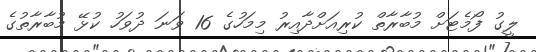
ލީގު ފޯމެޓަށް މުބާރާތް ކުރިއަށްދާއިރު މިމަހުގެ 16 ވަނަ ދުވަހު ކުޅޭ މުބާރާތުގެ